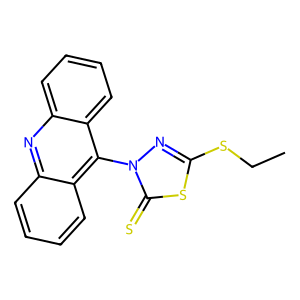
SMILES: CCSc1nn(-c2c3ccccc3nc3ccccc23)c(=S)s1
Inhibits HIV replication: No